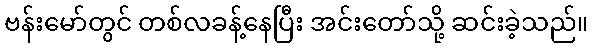
ဗန်းမော်တွင် တစ်လခန့်နေပြီး အင်းတော်သို့ ဆင်းခဲ့သည်။